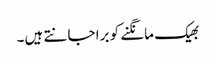
بھیک مانگنے کو برا جانتے ہیں۔